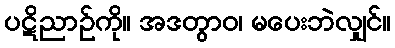
ပဋိညာဉ်ကို။ အဒတွာဝ၊ မပေးဘဲလျှင်။